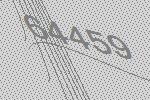
64459